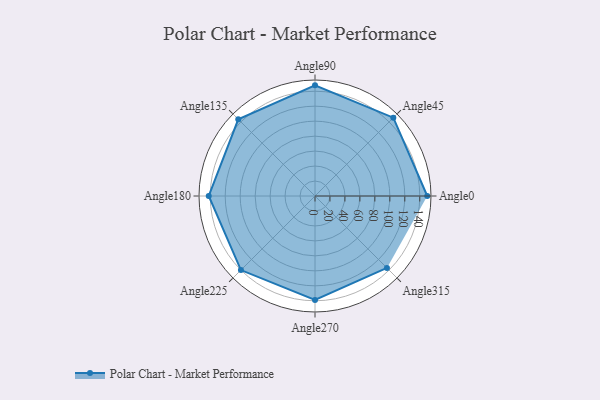
{"axis": {"x": "Angle", "y": "Radius"}, "legend": [""], "data": [{"x": "Angle0", "y": 150.0, "type": ""}, {"x": "Angle45", "y": 148.0, "type": ""}, {"x": "Angle90", "y": 148.0, "type": ""}, {"x": "Angle135", "y": 145.0, "type": ""}, {"x": "Angle180", "y": 142.0, "type": ""}, {"x": "Angle225", "y": 140.0, "type": ""}, {"x": "Angle270", "y": 139.0, "type": ""}, {"x": "Angle315", "y": 136.0, "type": ""}]}